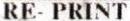
RE- PRINT